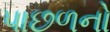
પાછળનો